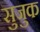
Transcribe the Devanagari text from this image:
सुजुक